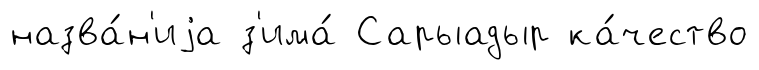
назва́н'иjа з'има́ Сарыадыр ка́чество